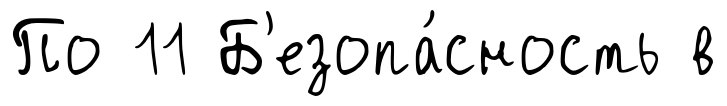
По 11 Б'езопа́сность в